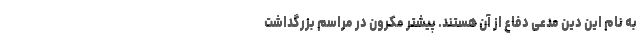
به نام این دین مدعی دفاع از آن هستند. پیشتر مکرون در مراسم بزرگداشت